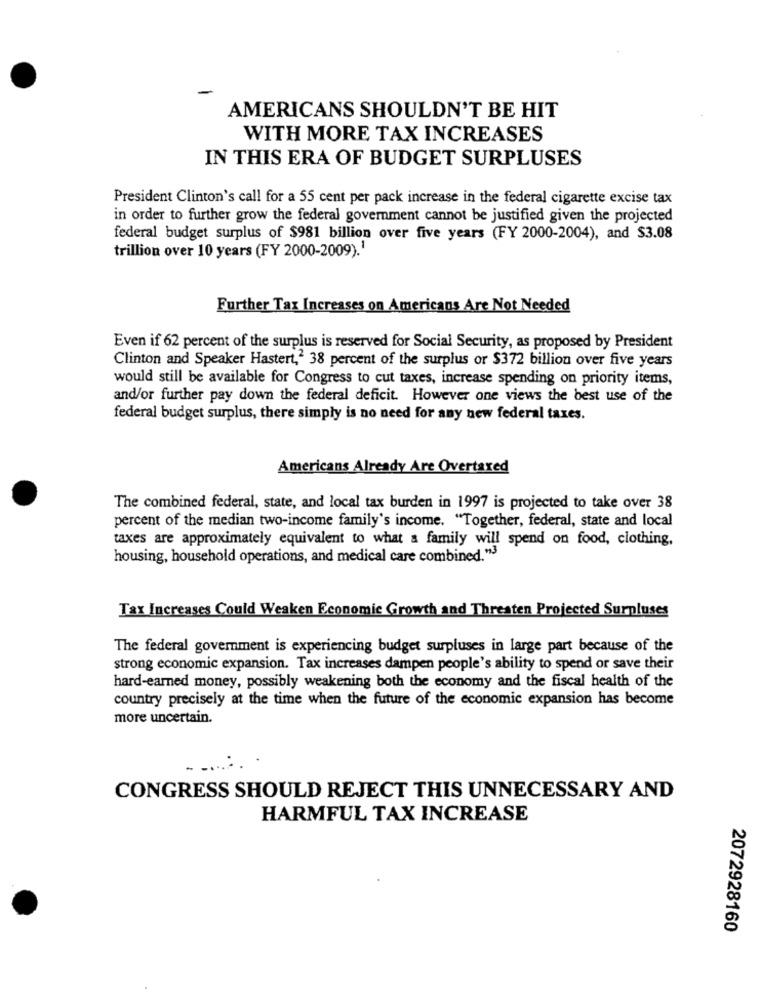
AMERICANS SHOULDN'T BE HIT
WITH MORE TAX INCREASES
IN THIS ERA OF BUDGET SURPLUSES
President Clinton's call for a 55 cent per pack increase in the federal cigarette excise tax
in order to further grow the federal government cannot be justified given the projected
federal budget surplus of $981 billion over five years (FY 2000-2004), and $3.08
trillion over 10 years (FY 2000-2009).'
Further Tax Increases on Americans Are Not Needed
Even if 62 percent of the surplus is reserved for Social Security, as proposed by President
Clinton and Speaker Hastert,' 38 percent of the surplus or $372 billion over five years
would still be available for Congress to cut taxes, increase spending on priority items,
and/or further pay down the federal deficit. However one views the best use of the
federal budget surplus, there simply is no need for any new federal taxes.
Americans Already Are Overtaxed
The combined federal, state, and local tax burden in 1997 is projected to take over 38
percent of the median two-income family's income. "Together, federal, state and local
taxes are approximately equivalent to what a family will spend on food, clothing,
housing, household operations, and medical care combined. "3
Tax Increases Could Weaken Economic Growth and Threaten Projected Surpluses
The federal government is experiencing budget surpluses in large part because of the
strong economic expansion. Tax increases dampen people's ability to spend or save their
hard-earned money, possibly weakening both the economy and the fiscal health of the
country precisely at the time when the future of the economic expansion has become
more uncertain.
-
CONGRESS SHOULD REJECT THIS UNNECESSARY AND
HARMFUL TAX INCREASE
2072928160